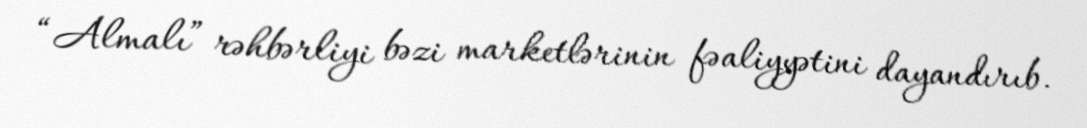
“Almalı” rəhbərliyi bəzi marketlərinin fəaliyyətini dayandırıb.